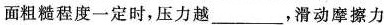
面粗糙程度一定时，压力越___，滑动摩擦力